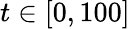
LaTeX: t\in[0,100]